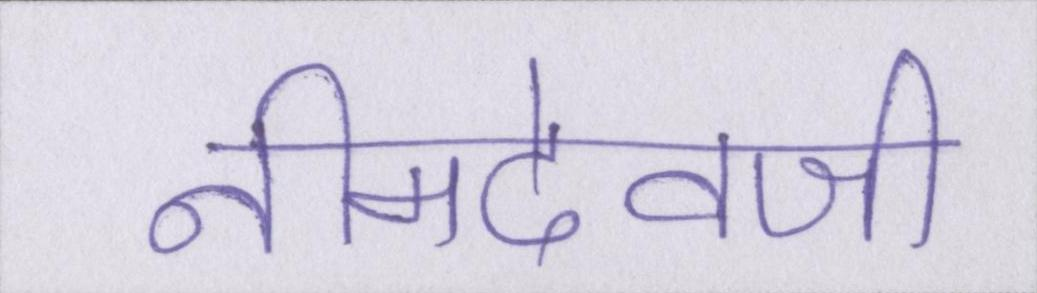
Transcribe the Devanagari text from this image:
नीमदेवजी